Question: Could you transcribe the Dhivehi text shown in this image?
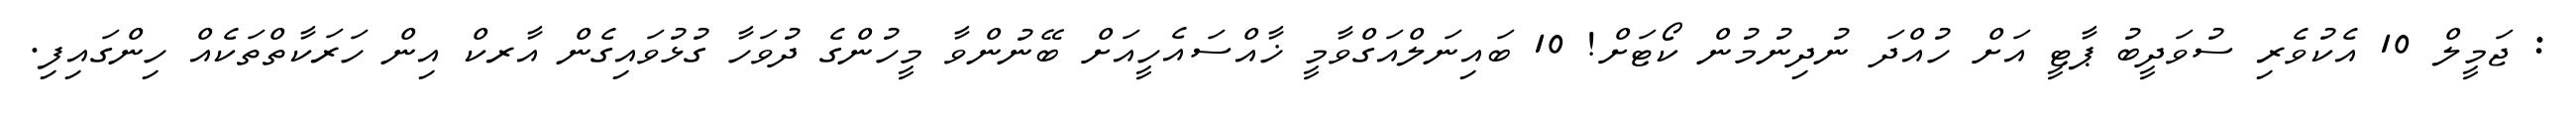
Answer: : ޖަމީލް 10 އެކުވެރި ސުވަދީބު ޕާޓީ އަށް ހުއްދަ ނުދިނުމުން ކޯޓަށް! 10 ބައިނަލްއަގްވާމީ ޚާއްސައެހީއަށް ބޭނުންވާ މީހުންގެ ދުވަހާ ގުޅުވައިގެން އާރކް އިން ހަރަކާތްތަކެއް ހިންގައިފި.